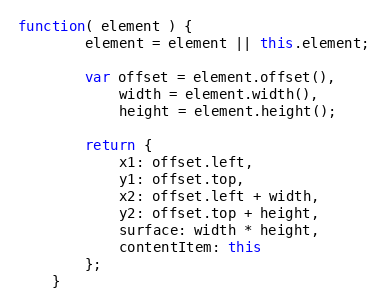
Language: JavaScript
function( element ) {
		element = element || this.element;

		var offset = element.offset(),
			width = element.width(),
			height = element.height();

		return {
			x1: offset.left,
			y1: offset.top,
			x2: offset.left + width,
			y2: offset.top + height,
			surface: width * height,
			contentItem: this
		};
	}